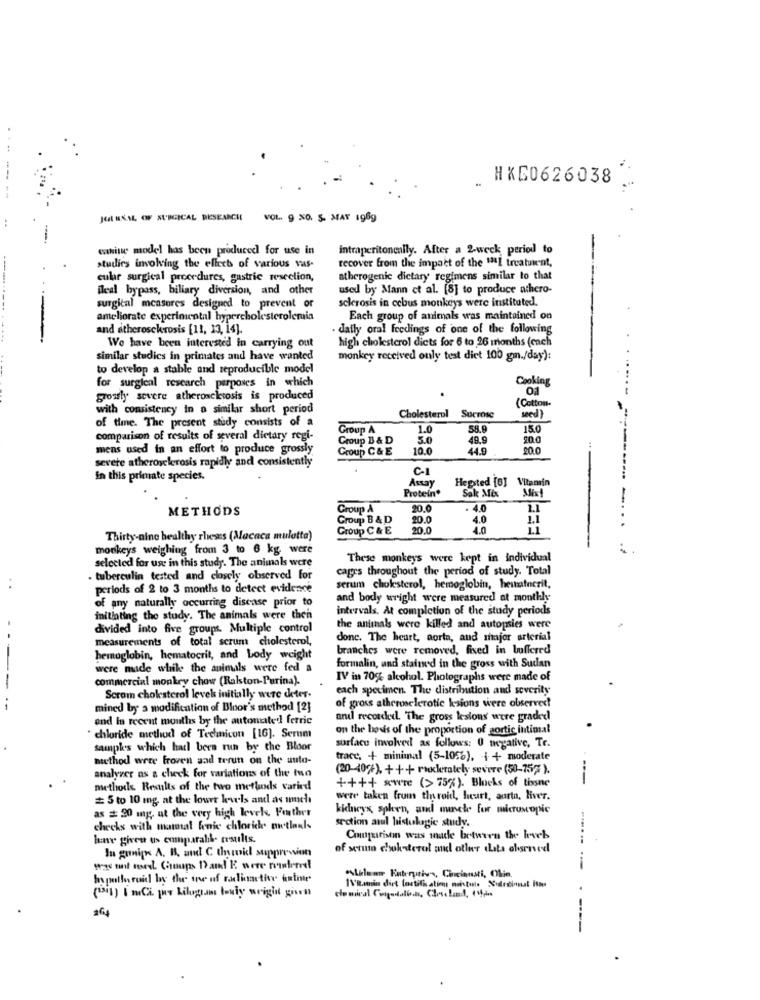
---
HXG0626038
--
..
JUL BYL OF SURGICAL DESEARCH
VOL. 9 NO. 5. MAY 1969
maninte model has been produced for use in
intraperitoneally. After a 2-week period to
recover from the impact of the 1211 treatment,
studies involving the effect of various vus.
cular surgical procedures, gastric resection,
atherogenic dictary regimens similar to that
Bleal bypass, biliary diversion, and other
used by Mann et al. [8] to produce athero-
sclerosis in cebus monkeys were instituted.
surgical measures designed to prevent or
ameliorate experimental hypercholesterolemia
Each group of animals was maintained on
and atherosck-rosis [11, 13, 14].
daily oral feedings of one of the following
high cholesterol diets for 6 to 26 months (each
We have been interested in carrying out
similar studies in primates and have wanted
monkey received only test diet 100 gm./day):
to develop a stable and reproducible model
Cooking
for surgical research purposes in which
grossly severe atheroscketosis is produced
.
(Cotton-
with consistency in a similar short period
of time. The present study consists of a
Cholesterol
Sucrose
seed)
Group A
1.0
58.9
15.0
comparison of results of several dietary regi-
Group B & D
5.0
49.9
20.0
mens used in an effort to produce grossly
Group C& E
10.0
44.9
20.0
severe atherosclerosis rapidly and consistently
C-1
in this primate species.
Assay
Hegsted [6] Vitamin
Protein*
Mist
Sak Mix
-
METHODS
Group A
20.0
. 4.0
1.1
Group B & D
10.0
4.0
1,1
Group C & E
20.0
4.0
Thirty-nine healthy rhess (Macaca muletta)
monkeys weighing from 3 to 6 kg were
selected for use in this study. The animals were
These monkeys were kept in individual
cages throughout the period of study. Total
. tuberculin tested and closely observed for
periods of 2 to 3 months to detect evidence
serum choksterol, hemoglobin, hematocrit,
of any naturally occurring disease prior to
and body wright were measured at monthly
intervals. At completion of the study periods
initiating the study. The animals were then
divided into five groups. Multiple control
the animals were killed and autopsies were
measurements of total serum cholesterol,
donc. The heart, aorta, and major arterial
branches were removed, fixed in buffered
hemoglobin, hematocrit, and body weight
were made while the animals were fed a
formalin, and stained in the gross with Sudan
commercial monkey chow (Ralston-Purina).
IV in 70gt alcohol. Photographs were made of
-
each specimen. The distribution and severity
Scrom cholesterol levels initially were deter.
mined by a modification of Bloor's method [2]
of gross atherosclerotic kesions were observed!
and in recent months by the automate'l ferric
and recorded. "The gross lesions were graded
on the basis of the proportion of portic intimal
" chloride method of Technicon [16]. Serum
sampk's which had bers run by the Bloor
surface involved as follows: 0 negative, Tr.
method were froven and rerun on the auto-
trace, + minimal (5-10%), + + moderate
(20-40%). +++ ruckerately severe (50-75% ).
--
analyzer as a check for variations of the tuo
++++ ***** (> 75%). Blocks of tisone
methods Results of the two methods varied
# 5 to 10 mg, at the lower levels and as much
were taken from throid, heurt, aorta, liver.
as # 20 mg, at the very high levels. Further
kidneys splen, and munck for microscopic
section anul histologie study.
checks with mammal fenic chlorich metlaals
har given us comparall- results.
Comprarison was made between the loveb
In gunips A. B. and C thymokl supprewien
of seruta cholesterol and other data olsenved
was mail med Choum D)and E were rundund
In pollo roid by the te of radiative aninie
"Alilaare Enterpriv's, Cincinnati, Olin.
("il) I mCi jus kilugtam buly wright giorni
1\'B.amin dirt loctithatim notone Xlrinnat itm